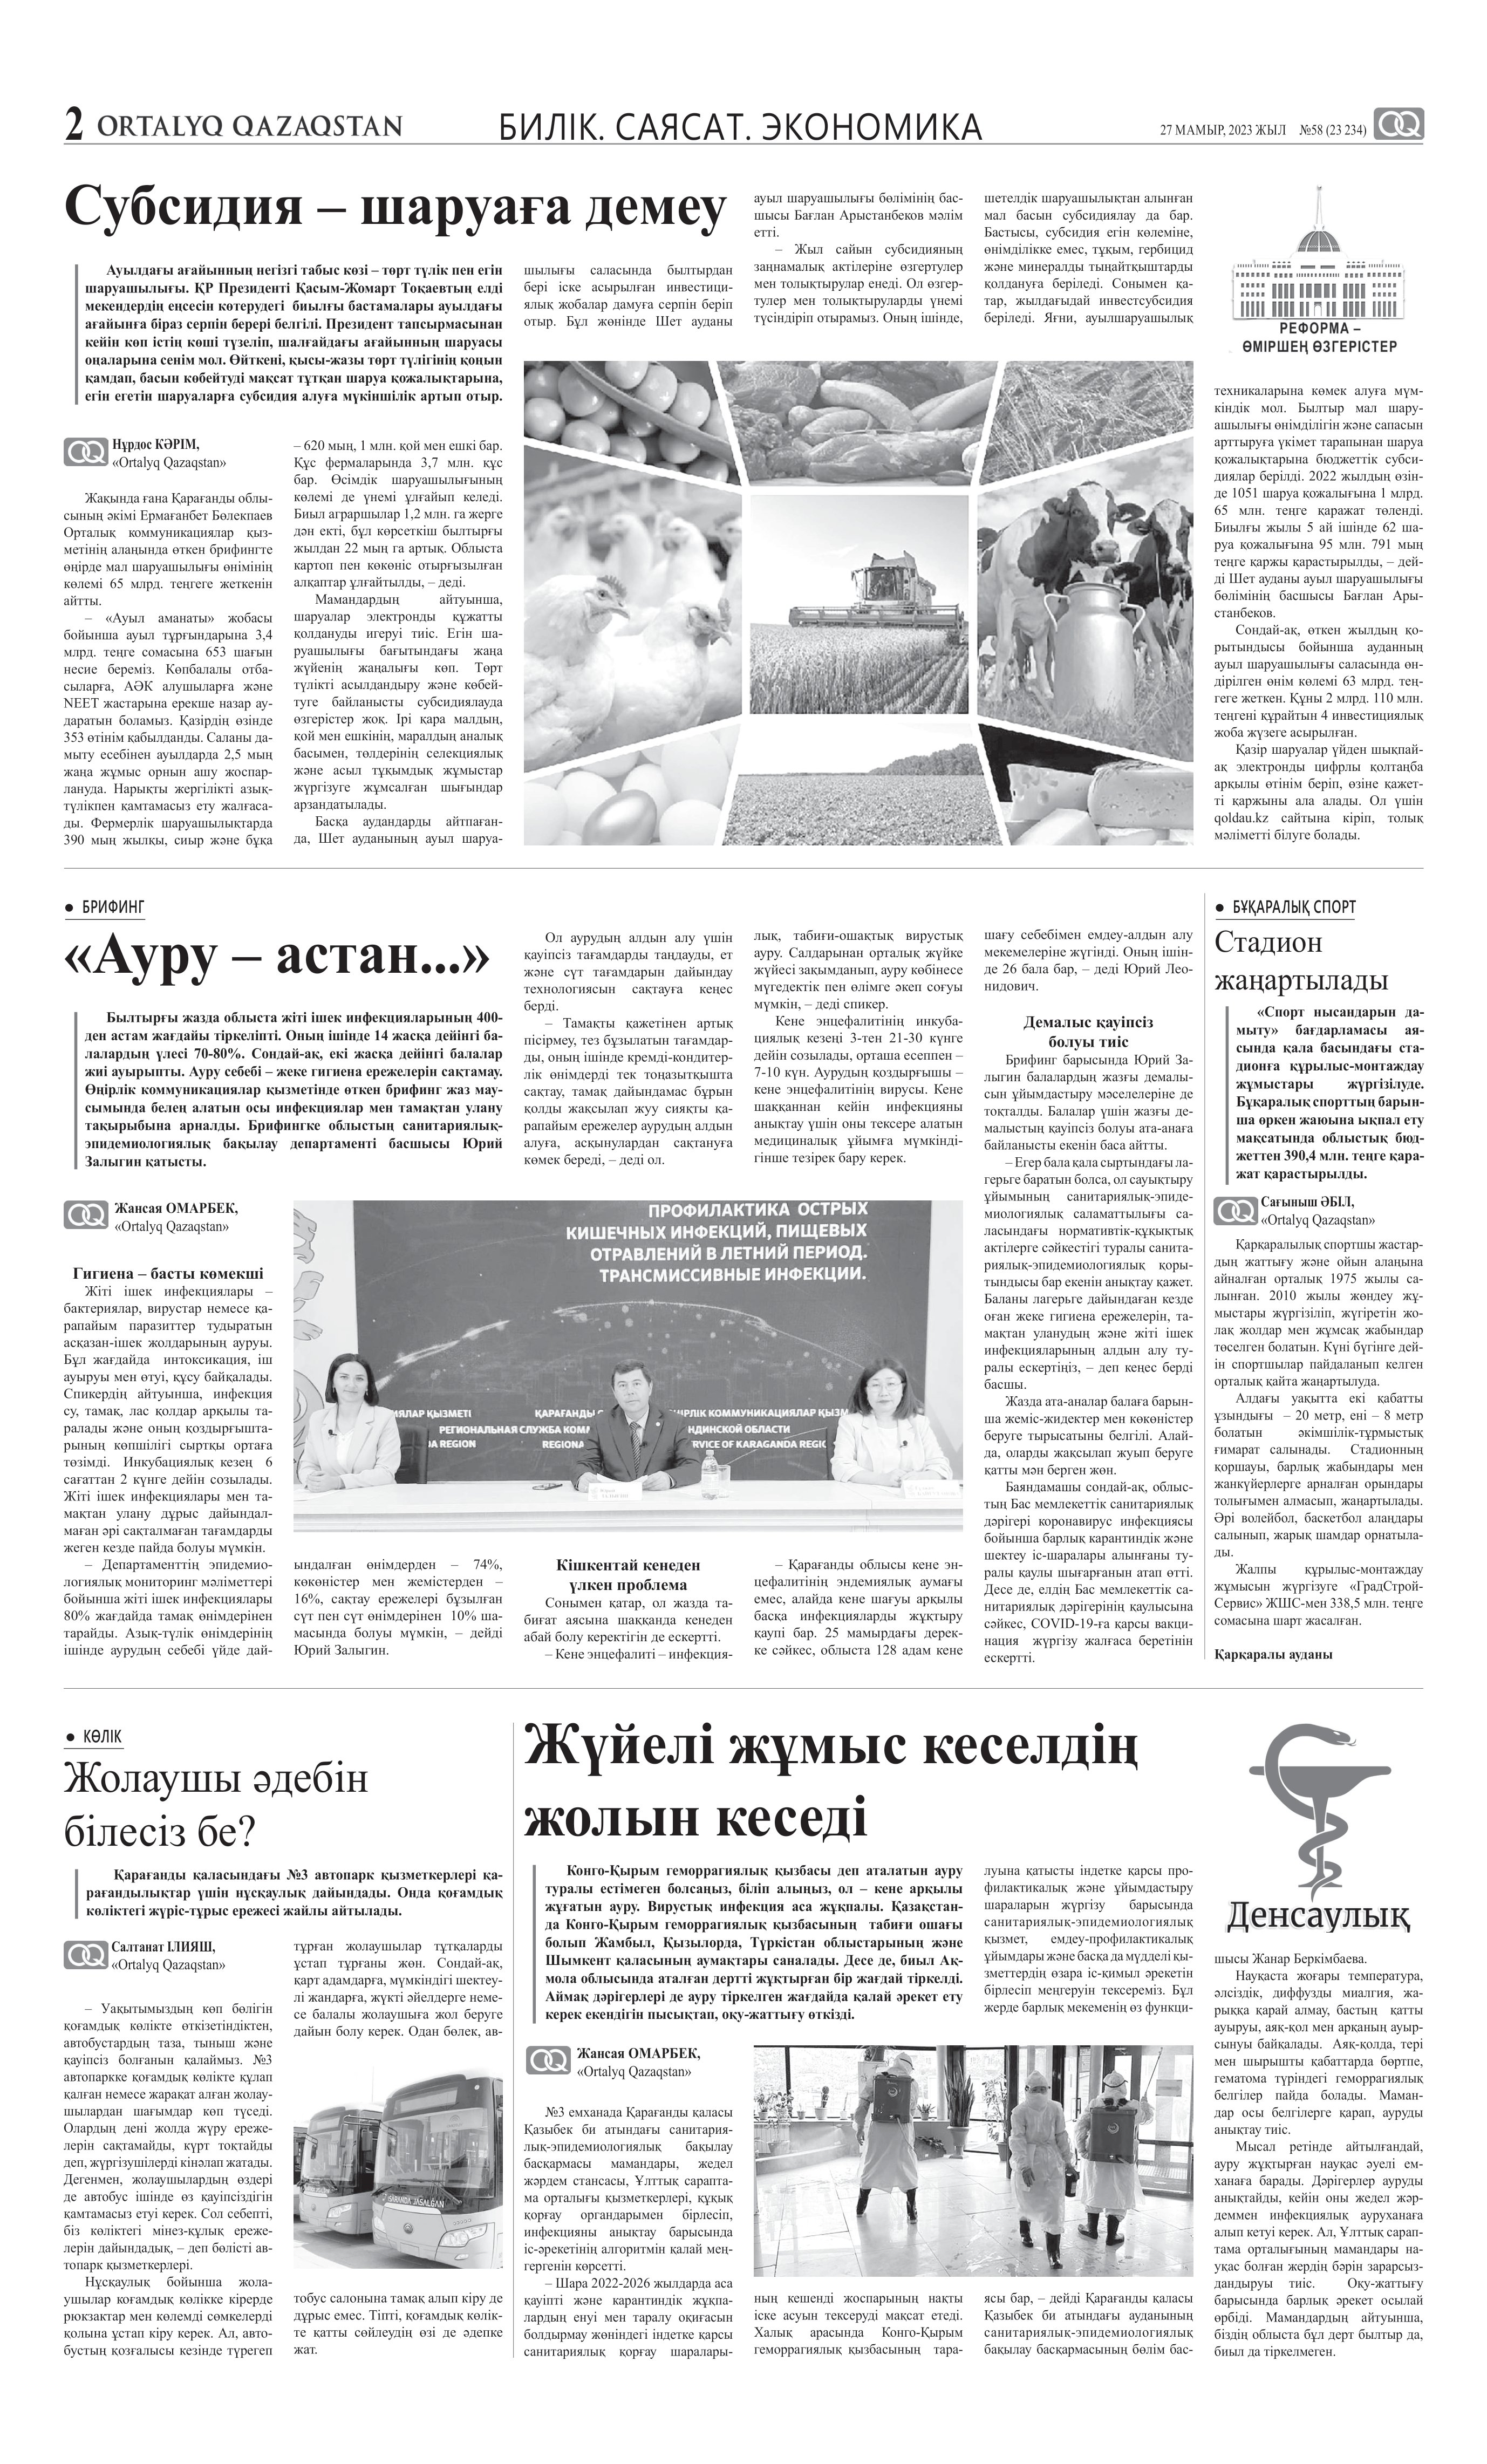
Language: kk